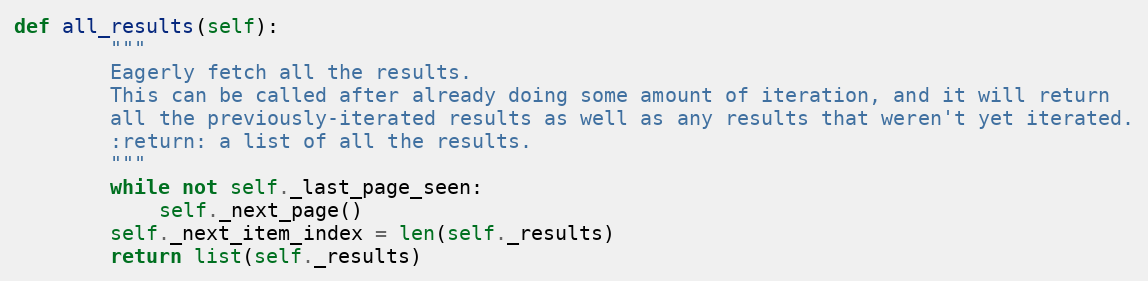
Language: Python
def all_results(self):
        """
        Eagerly fetch all the results.
        This can be called after already doing some amount of iteration, and it will return
        all the previously-iterated results as well as any results that weren't yet iterated.
        :return: a list of all the results.
        """
        while not self._last_page_seen:
            self._next_page()
        self._next_item_index = len(self._results)
        return list(self._results)